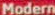
Modern